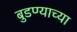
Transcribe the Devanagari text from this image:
बुडण्याच्या